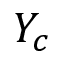
Y _ { c }